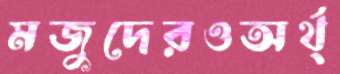
মজুদেরওঅর্থ্